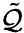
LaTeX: \tilde{\cal Q}